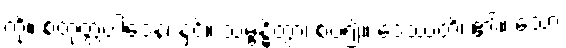
ကို။ စတုတ္ထပါဒေန၊ နှင့်။ သမ္ဗန္ဓိတွာ၊ စပ်၍။ ဒေဿတိ၊ ၏။ သော